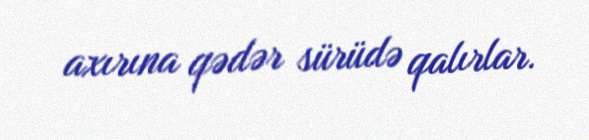
axırına qədər sürüdə qalırlar.